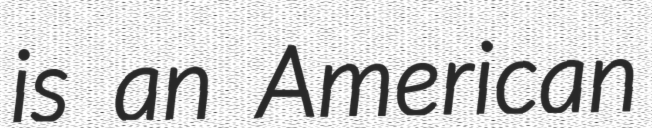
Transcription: is an American